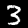
Label: 3